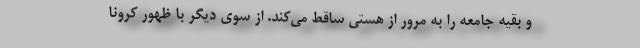
و بقیه جامعه را به مرور از هستی ساقط می‌کند. از سوی دیگر با ظهور کرونا